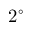
2 ^ { \circ }